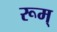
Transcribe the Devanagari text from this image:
रूम्